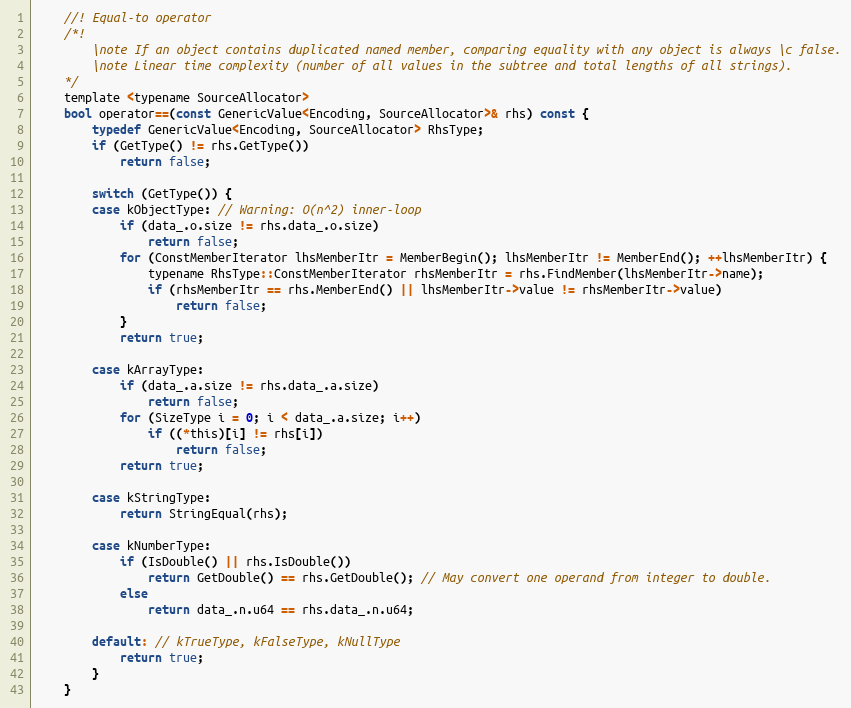
Language: C
    //! Equal-to operator
    /*!
        \note If an object contains duplicated named member, comparing equality with any object is always \c false.
        \note Linear time complexity (number of all values in the subtree and total lengths of all strings).
    */
    template <typename SourceAllocator>
    bool operator==(const GenericValue<Encoding, SourceAllocator>& rhs) const {
        typedef GenericValue<Encoding, SourceAllocator> RhsType;
        if (GetType() != rhs.GetType())
            return false;

        switch (GetType()) {
        case kObjectType: // Warning: O(n^2) inner-loop
            if (data_.o.size != rhs.data_.o.size)
                return false;
            for (ConstMemberIterator lhsMemberItr = MemberBegin(); lhsMemberItr != MemberEnd(); ++lhsMemberItr) {
                typename RhsType::ConstMemberIterator rhsMemberItr = rhs.FindMember(lhsMemberItr->name);
                if (rhsMemberItr == rhs.MemberEnd() || lhsMemberItr->value != rhsMemberItr->value)
                    return false;
            }
            return true;

        case kArrayType:
            if (data_.a.size != rhs.data_.a.size)
                return false;
            for (SizeType i = 0; i < data_.a.size; i++)
                if ((*this)[i] != rhs[i])
                    return false;
            return true;

        case kStringType:
            return StringEqual(rhs);

        case kNumberType:
            if (IsDouble() || rhs.IsDouble())
                return GetDouble() == rhs.GetDouble(); // May convert one operand from integer to double.
            else
                return data_.n.u64 == rhs.data_.n.u64;

        default: // kTrueType, kFalseType, kNullType
            return true;
        }
    }